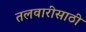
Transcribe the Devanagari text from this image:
तलवारीसाठी